Civil Veterinary Department Bengal reports 1923-33 - 1923-1933
Year: 1923
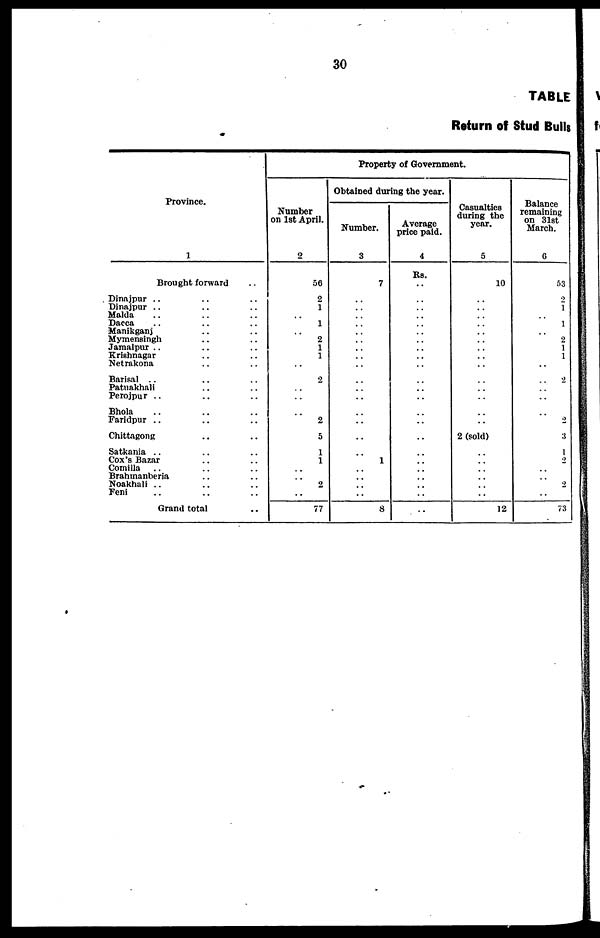
30
TABLE
Return off Stud Bulls
Province.
1
Brought forward ..
Dinajpur .. .. ..
Dinajpur .. .. ..
Malda .. .. ..
Dacca .. .. ..
Manikganj .. ..
Mymensingh .. ..
Jamalpur .. .. ..
Krishnagar .. ..
Netrakona .. ..
Barisal .. .. ..
Patuakhali .. ..
Perojpur .. .. ..
Bhola .. .. ..
Faridpur .. .. ..
Chittagong .. ..
Satkania .. .. ..
Cox's Bazar .. ..
Comilla .. .. ..
Brahmanberia .. ..
Noakhali .. .. ..
Feni .. .. ..
Grand total ..
Number
on 1st April.
2
56
2
1
..
1
..
2
1
1
..
2
..
..
..
2
5
1
1
..
..
2
..
77
Property of Government.
Obtained during the year.
Number.
3
7
..
..
..
..
..
..
..
..
..
..
..
..
..
..
..
..
1
..
..
..
..
8
Average
price paid.
4
Rs.
..
..
..
..
..
..
..
..
..
..
..
..
..
..
..
..
..
..
..
..
..
..
..
Casualties
during the
year.
5
10
..
..
..
..
..
..
..
..
..
..
..
..
..
..
2 (sold)
..
..
..
..
..
..
12
Balance
remaining
on 31st
March.
6
53
2
1
..
1
..
2
1
1
..
2
..
..
..
2
3
1
2
..
..
2
..
73